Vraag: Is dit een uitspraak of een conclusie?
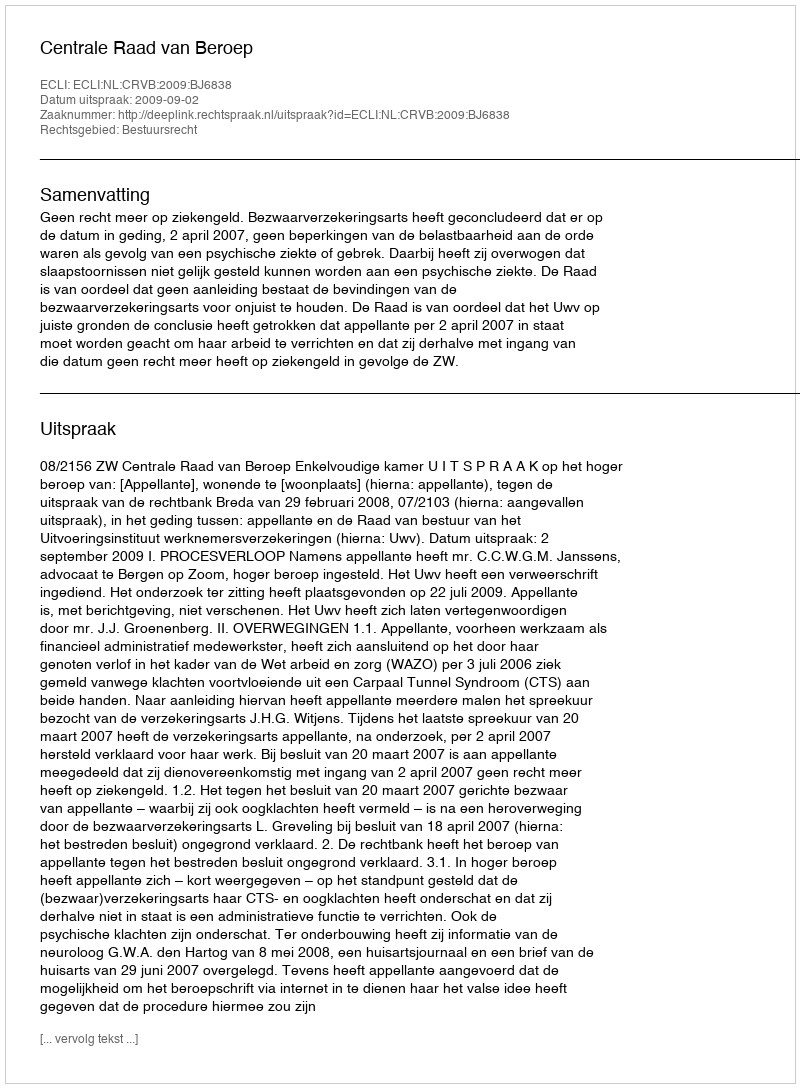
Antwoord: Uitspraak